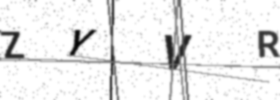
Text: ZYVR